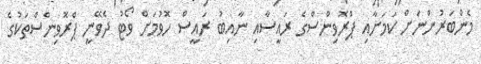
މެންބަރުންނަށް ކަމަށާއި ޕްރޮވިންސްގެ ރައީސާއި ނާއިބު ރައީސް ހޮވުމަށް ވޯޓު ދެވޭނީ ޕްރޮވިންސްތަކުގެ